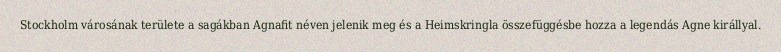
Stockholm városának területe a sagákban Agnafit néven jelenik meg és a Heimskringla összefüggésbe hozza a legendás Agne királlyal.